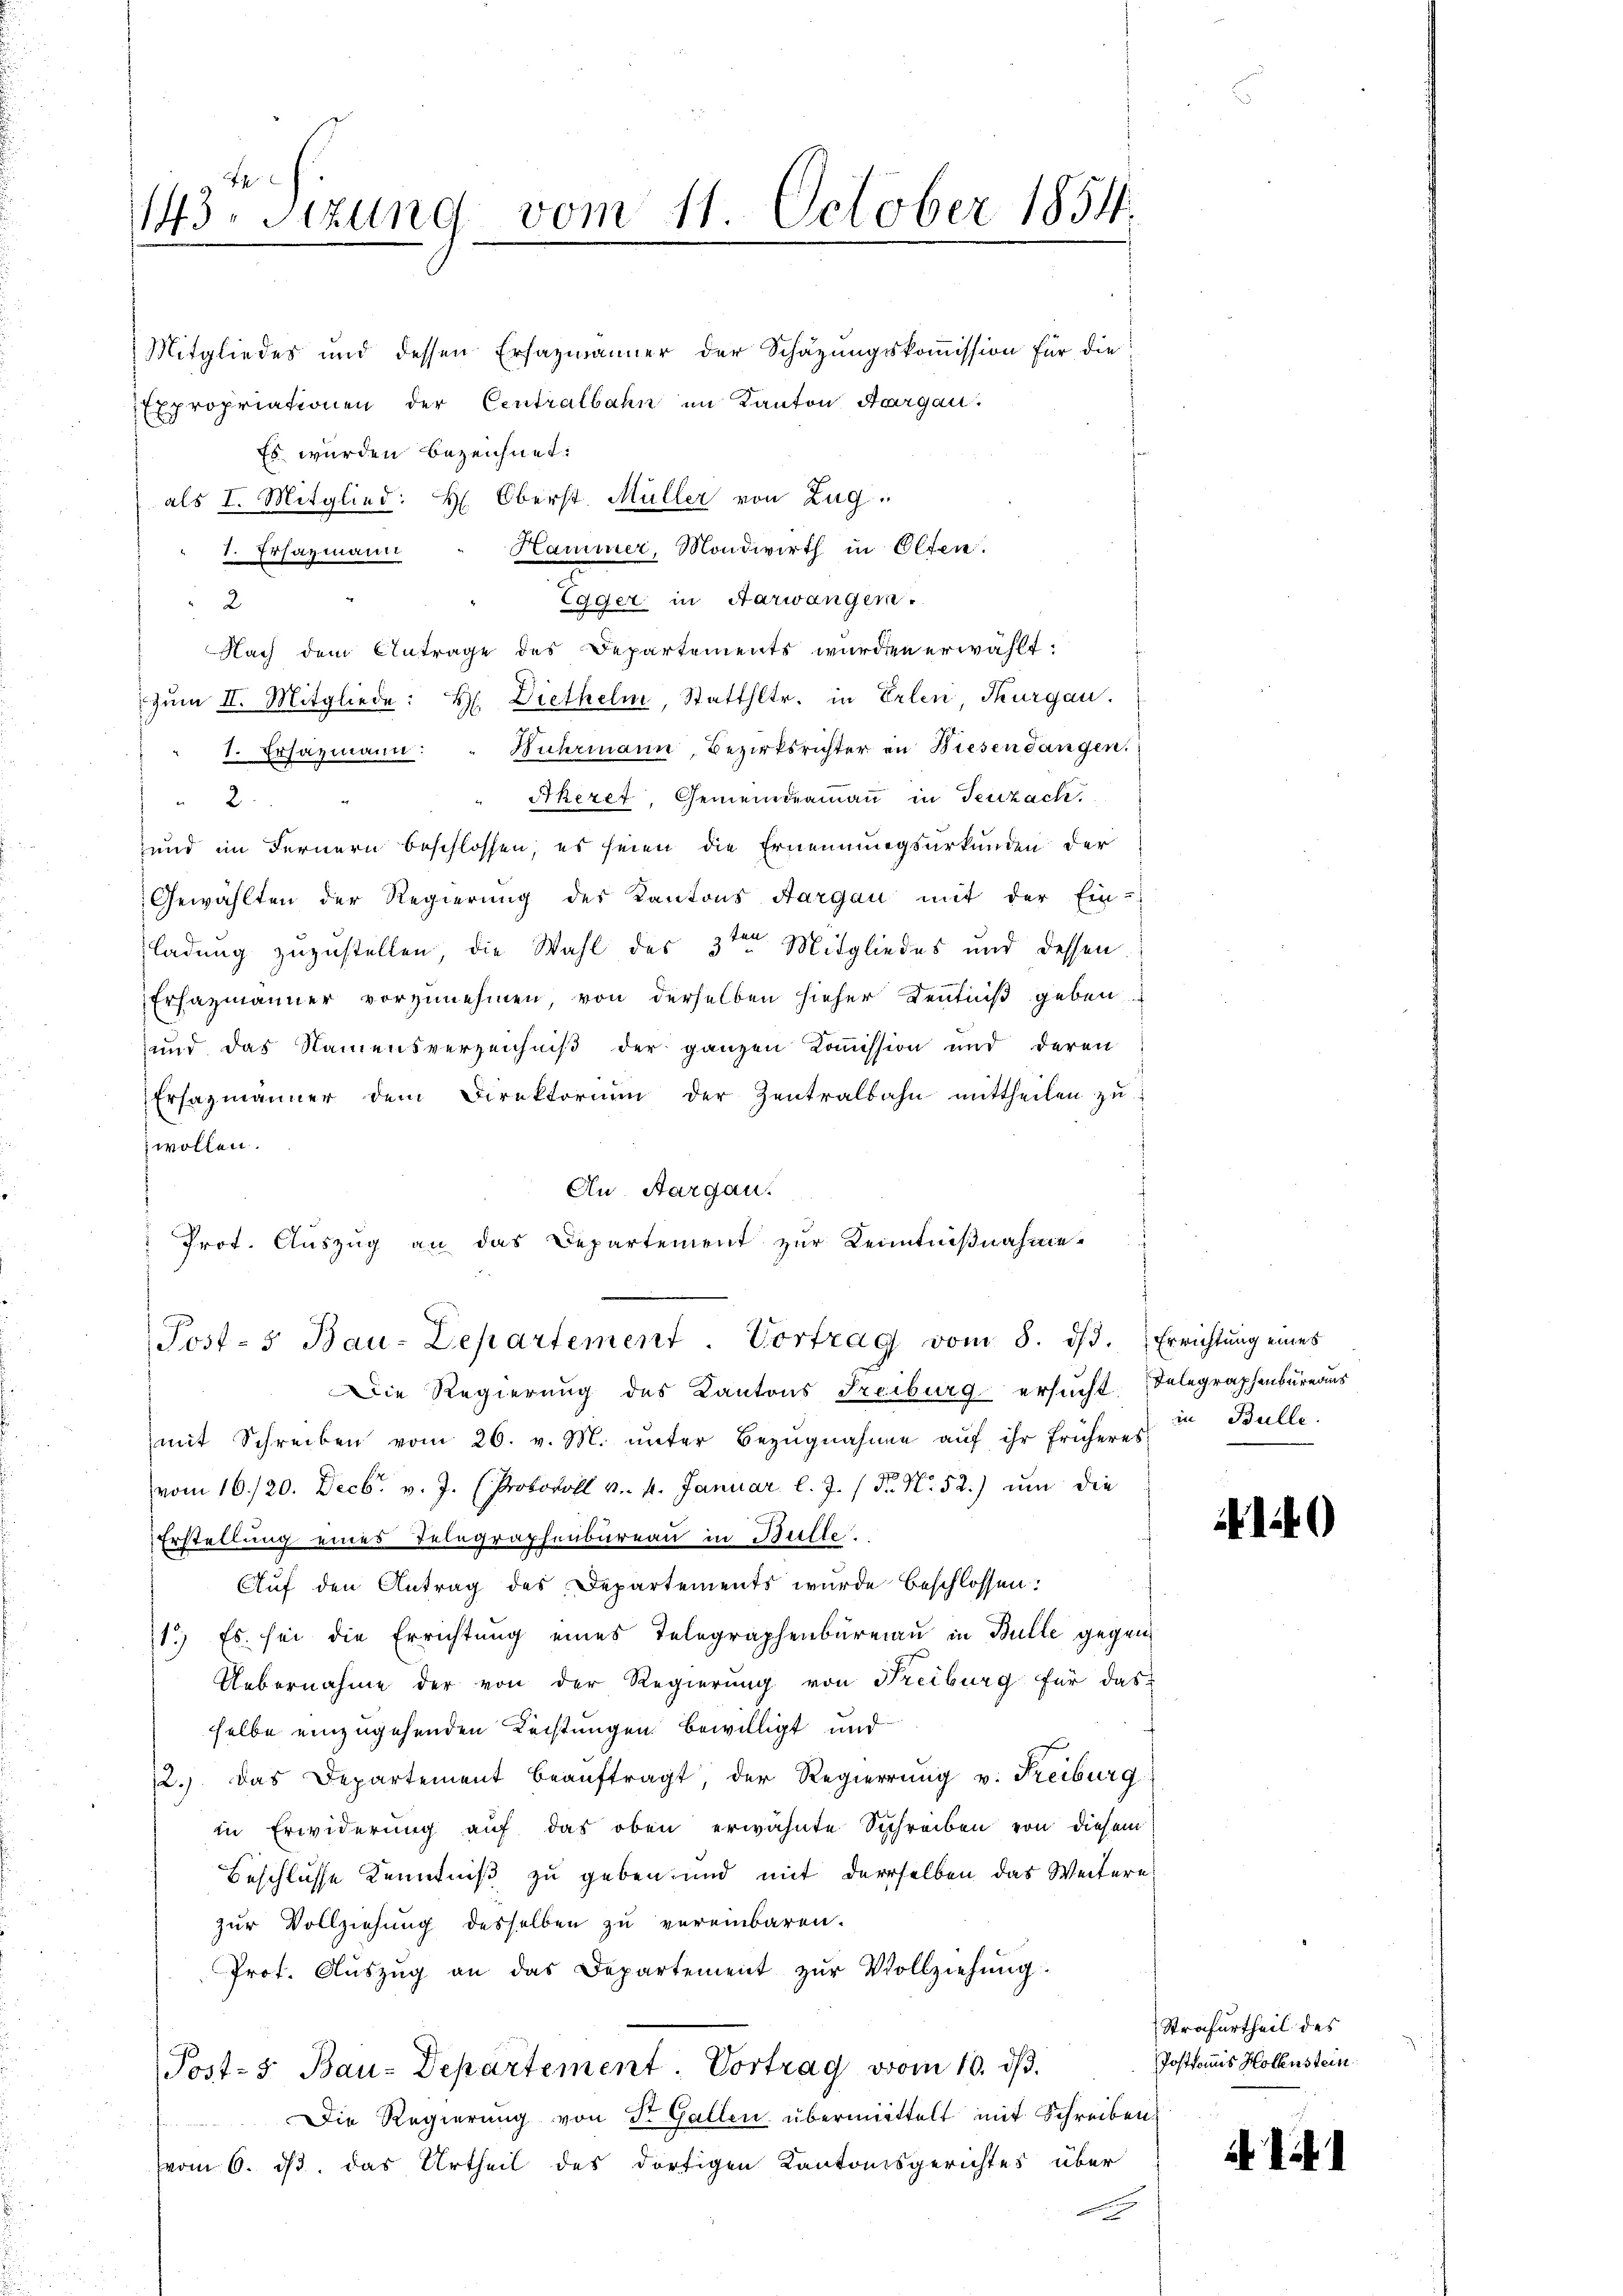
1143. Sitzung vom 11. October 1854.

Es wurden bezeichnet:
als I. Mitglied: H: Oberst Müller von Zug
Hammer, Mondwirth in Olten.
1. Ersazmann
e
Egger in Aarwangern.
2
Nach dem Antrage des Departements wurden erwählt.
zŭm II. Mitgliede: H. Dietheln, Statthltr. in Erlen Thurgau.
1. Ersazmann: " Huhrmann, Bezirksrichter in Wiesendangen.
" Akeret, Gemeindeammann in Teuzach.
2.
und im Fernern beschlossen, es seien die Ernennungsurkunden der
Gewählten der Regierung des Kantons Aargau mit der Ein-
ladung zuzustellen, die Wahl des 3ten Mitgliedes und dessen
Erfazmänner vorzunehmen von derselben hieher Kenntniß geben
und das Namensverzeichniß der ganzen Kommission und deren
Ersazmänner dem Direktorium der Zentralbahn mittheilen zŭ
wollen.
An Aargau.
" Prot. Auszug an das Departement zur Kenntnißnahme.
Post- & Bau-Departement. Vortrag vom 8. dβ. Errichtŭng eines

Mitgliedes und dessen Ersazmänner der Schazungskommission für die
Expropriationen der Centralbahn im Kanton Aargau.

Die Regierung des Kantons Freiburg ersucht Telegraphenbüreaus
mit Schreiben vom 26. v. M. ŭnter Bezŭgnahme aŭf ihr früheres in Bulle,
89
vom 16./20. Decbr. v. J. (Protokoll v. 4. Januar l. J. (T. N. 52.) um die
Erstellung eines Telegraphenbureau in Bulte.
Auf den Antrag des Departements wurde beschlossen:
1.) Es sei die Errichtung eines Telegraphenbureau in Bulle gegen
Uebernahme der von der Regierung von Freiburg für das
selbe einzugehenden Rechtungen bewilligt und
12.) Das Departement beaŭftragt, der Regierŭng v. Freiburg
in Erwiderung auf das oben erwähnte Schreiben von diesem
Beschlusse Kenntniß zu geben und mit derselben das Weitere
zur Vollziehung desselben zu vereinbaren.
Prot. Aŭszŭg an das Departement zŭr Vollziehung.
Post- 5. Bau-Departement. Vortrag vom 10. d.
Die Regierung von St. Gallen übermittelt mit Schreiben
vom 6. ds. das Urtheil des dortigen Kantonsgerichtes über

Strafurtheil des
Postkomis Hollenstein

140

i